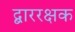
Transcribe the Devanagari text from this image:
द्बाररक्षक